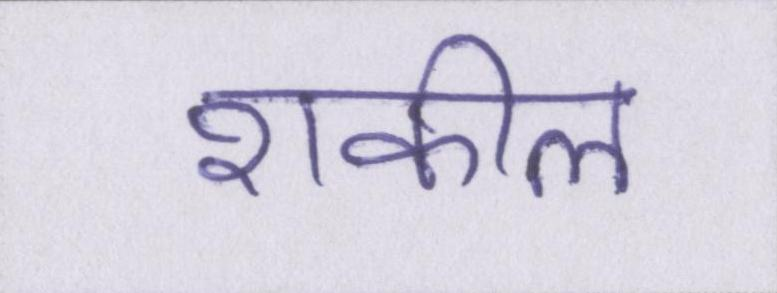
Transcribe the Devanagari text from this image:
शकील